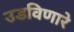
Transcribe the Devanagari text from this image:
उडविणारे